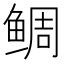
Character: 鲷